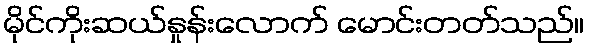
မိုင်ကိုးဆယ်နှုန်းလောက် မောင်းတတ်သည်။